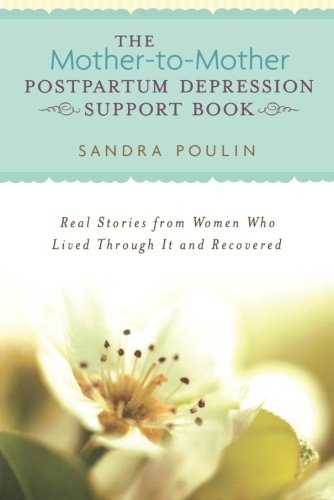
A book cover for The Mother-to-Mother Postpartum Depression Support Book; Sandra Poulin; Health, Fitness & Dieting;